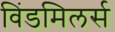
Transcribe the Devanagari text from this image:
विंडमिलर्स